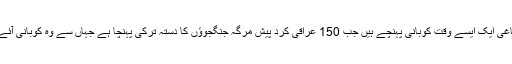
یہ باغی ایک ایسے وقت کوبانی پہنچے ہیں جب 150 عراقی کرد پیش مرگہ جنگجوؤں کا دستہ ترکی پہنچا ہے جہاں سے وہ کوبانی آئے گا۔